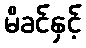
မိခင်နှင့်